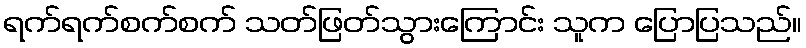
ရက်ရက်စက်စက် သတ်ဖြတ်သွားကြောင်း သူက ပြောပြသည်။